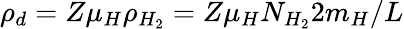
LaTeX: \rho_{d}=Z\mu_{H}\rho_{H_{2}}=Z\mu_{H}N_{H_{2}}2m_{H}/L